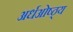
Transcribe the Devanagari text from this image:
अर्धओष्ठ्य